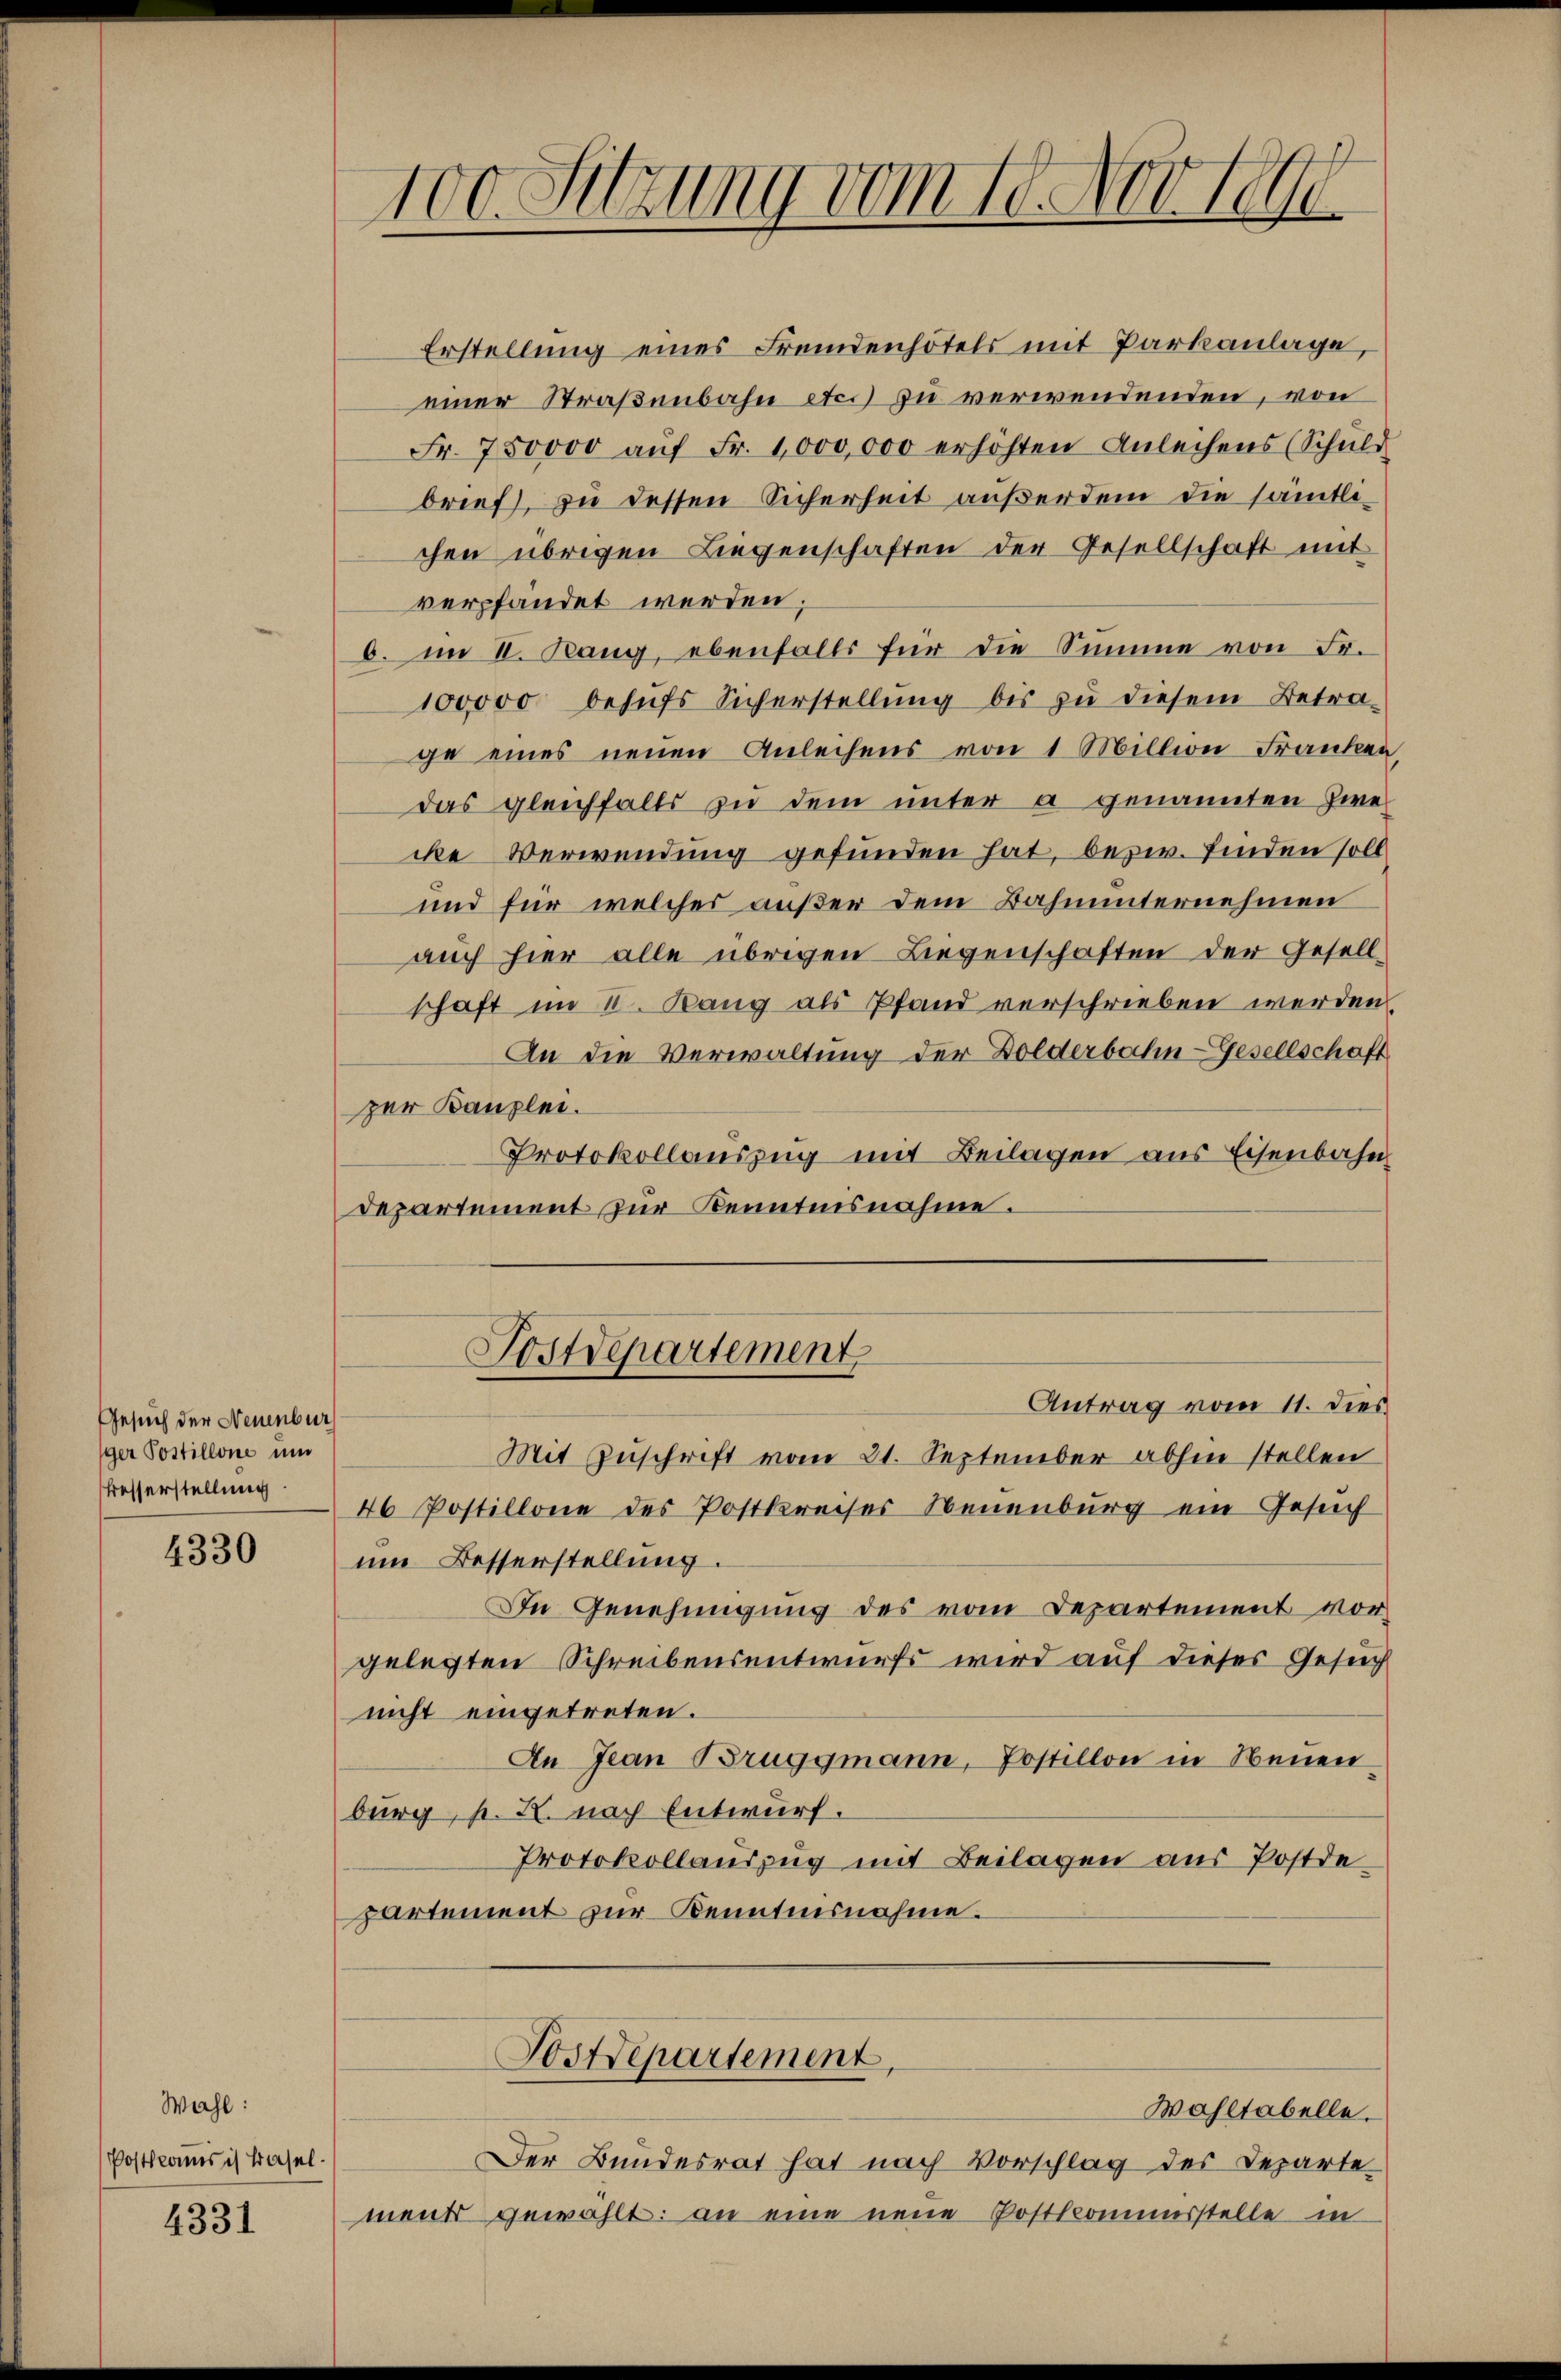
Gesuch der Neuenbur
ger Postillone und
Besserstellung

4330

Wahl:
Postklas ich Basel¬

4331

100. Sitzung vom 19. Nove

Erstellung eines Fremdenhotels mit Parkanlage,
einer Straßenbahn etc.) zu verwendenden, von
Fr. 750000 aŭf Fr. 1000,000 erhöhten Anleihens (Schŭld
brief, zu dessen Sicherheit außerdem die sämtlichen übrigen Liegenschaften der Gesellschaft mit
verpfändet werden;
b. im II. Rang, ebenfalls für die Summe von Fr.
100,000 behŭfs Sicherstellŭng bis zu diesem Betra-
ge eines neuen Anleihens von 1 Million Franken,
das gleichfalls zu dem unter a genannten Zwecke Verwendung gefunden hat, bezw. finden soll
und für welches außer dem Bahnunternehmen
auch hier alle übrigen Liegenschaften der Gesell
schaft im II. Rang als Pfand verschrieben werden.
An die Verwaltung der Dolderbahn-Gesellschaft
zer Kanzlei.
Protokollauszug mit Beilagen aus Eisenbahn
Departement zur Kenntnisnahme.
Postdepartement
Antrag vom 11. dies
Mit Zuschrift vom 21. September abhin stellen
46 Postillone des Postkreises Neuenburg ein Gesuch
um Besserstellung.
In Genehmigung des vom Departement vorgelegten Schreibensentwurfs wird auf dieses Gesuch
nicht eingetreten.
An Jean Bruggmann, Postillon in Neuen,
burg, p. X. nach Entwurf.
Protokollauszug mit Beilagen aus Postdepartement zur Kenntnisnahme.

Postdepartement,

Der Bundesrat hat nach Vorschlag des Departe
ment gewählt: an eine neue Postkommisstelle in

Wahltabelle.